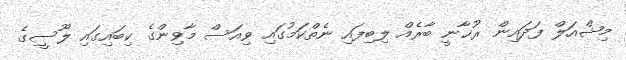
މިޝްއަލް ފަދައިން ރޫޚާނީ ބާރެއް ލިބިފައި ނެތްކަމުގައި ވިއަސް މާވިންގެ ކިބައިގައި ލޫސީގެ